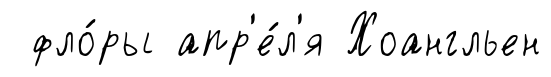
фло́ры апр'е́л'я Хоангльен